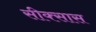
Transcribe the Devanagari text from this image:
सीक्सास